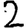
Digit: 2